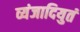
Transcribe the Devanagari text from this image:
व्यंजादियुतं